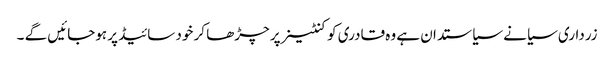
زرداری سیانے سیاستدان ہے وہ قادری کو کنٹینر پر چڑھا کر خود سائیڈ پر ہوجائیں گے ۔